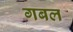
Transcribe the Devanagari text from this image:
गबल